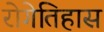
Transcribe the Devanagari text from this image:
रोगेतिहास